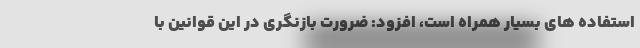
استفاده های بسیار همراه است، افزود: ضرورت بازنگری در این قوانین با